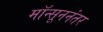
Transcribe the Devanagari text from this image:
मॉन्सूननंतर